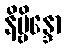
နိဗ္ဗိန္ဒော